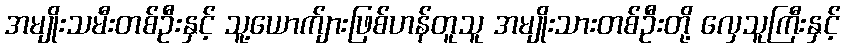
အမျိုးသမီးတစ်ဦးနှင့် သူ့ယောက်ျားဖြစ်ဟန်တူသူ အမျိုးသားတစ်ဦးတို့ လှေသူကြီးနှင့်